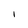
Character: 1